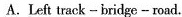
A.Left track - bridge -road.